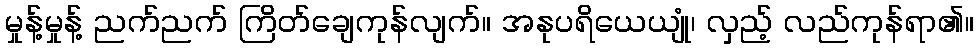
မှုန့်မှုန့် ညက်ညက် ကြိတ်ချေကုန်လျက်။ အနုပရိယေယျုံ၊ လှည့် လည်ကုန်ရာ၏။